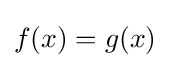
f(x)=g(x)